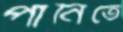
পানিতে